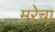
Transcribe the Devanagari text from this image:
मरेचा